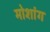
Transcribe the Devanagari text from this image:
मोशांग